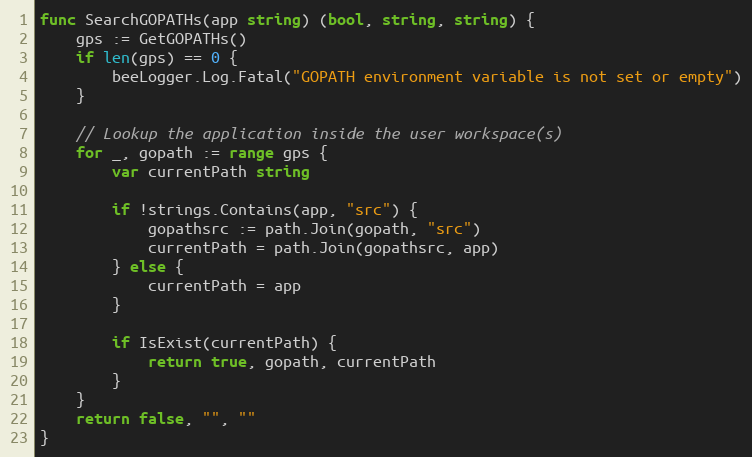
Language: Go
func SearchGOPATHs(app string) (bool, string, string) {
	gps := GetGOPATHs()
	if len(gps) == 0 {
		beeLogger.Log.Fatal("GOPATH environment variable is not set or empty")
	}

	// Lookup the application inside the user workspace(s)
	for _, gopath := range gps {
		var currentPath string

		if !strings.Contains(app, "src") {
			gopathsrc := path.Join(gopath, "src")
			currentPath = path.Join(gopathsrc, app)
		} else {
			currentPath = app
		}

		if IsExist(currentPath) {
			return true, gopath, currentPath
		}
	}
	return false, "", ""
}